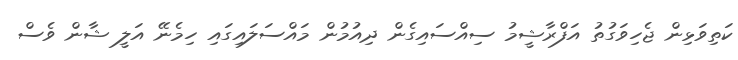
ކަތިވަޅިން ޖެހިވަގުތު އަފްރާޝީމު ސިއްސައިގެން ދިއުމުން މައްސަލައިގައި ހިމެނޭ އަލީ ޝާން ވެސް